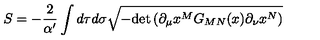
S = - \frac { 2 } { \alpha ^ { \prime } } \int d \tau d \sigma \sqrt { - \mathrm { d e t } \left( \partial _ { \mu } x ^ { M } G _ { M N } ( x ) \partial _ { \nu } x ^ { N } \right) }